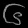
Digit: ၆